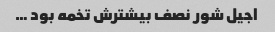
اجیل شور نصف بیشترش تخمه بود …